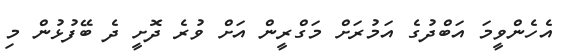
އެހެންވީމަ އަބްދުގެ އަމުރަށް މަގްރީން އަށް ވުރެ ދޮށީ ދެ ބޭފުޅުން މި